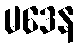
မဒေန